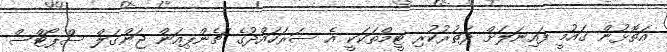
އަތޮޅުން ގައުމީ ފައިނަލަށް ދަތުރުކުރި ޓީމްތަކަކީ އެ ސަރަހައްދުގެ ޗެންޕިއަން ޖަންގަލް ސްޕޯޓްސް